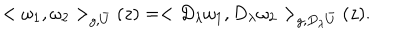
LaTeX: < \omega _ { 1 } , \omega _ { 2 } > _ { g , \bar { U } } ( z ) = < D _ { \lambda } \omega _ { 1 } , D _ { \lambda } \omega _ { 2 } > _ { g , D _ { \lambda } \bar { U } } ( z ) .